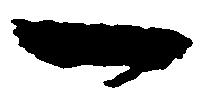
一